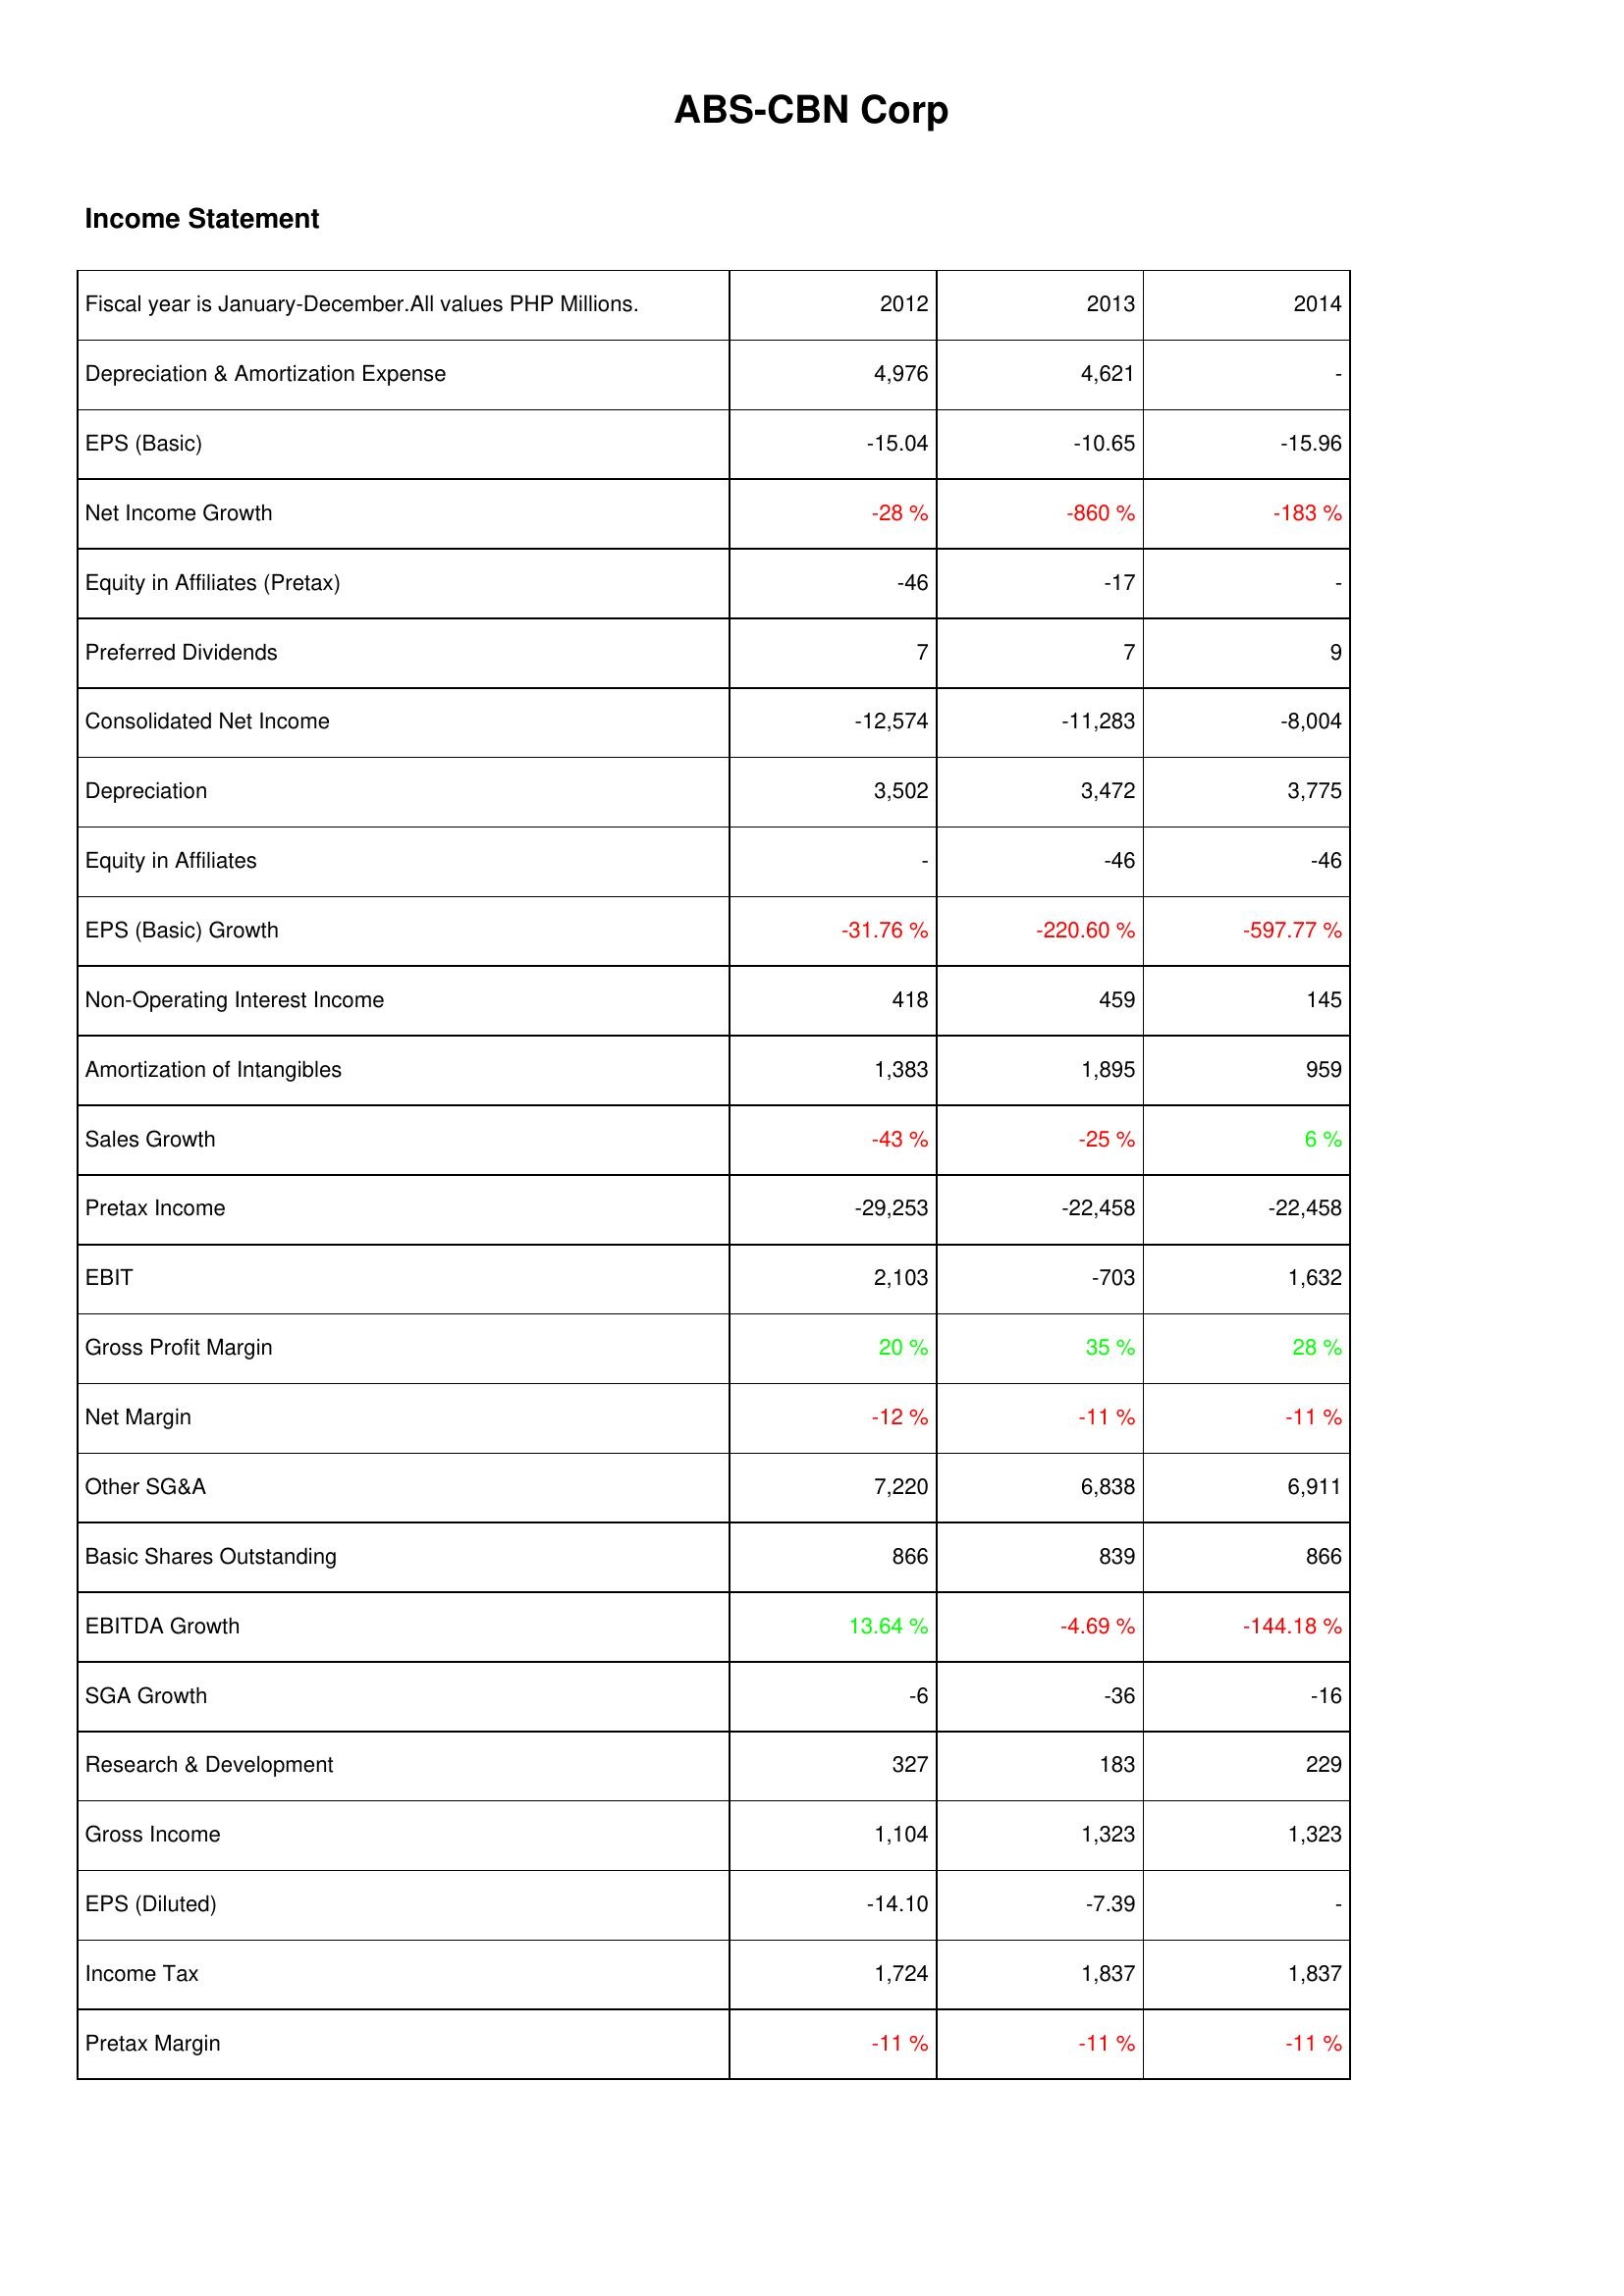
2012: Income Statement: Depreciation & Amortization Expense: 4,976
EPS (Basic): -15.04
Net Income Growth: -28 %
Equity in Affiliates (Pretax): -46
Preferred Dividends: 7
Consolidated Net Income: -12,574
Depreciation: 3,502
Equity in Affiliates: -
EPS (Basic) Growth: -31.76 %
Non-Operating Interest Income: 418
Amortization of Intangibles: 1,383
Sales Growth: -43 %
Pretax Income: -29,253
EBIT: 2,103
Gross Profit Margin: 20 %
Net Margin: -12 %
Other SG&A: 7,220
Basic Shares Outstanding: 866
EBITDA Growth: 13.64 %
SGA Growth: -6
Research & Development: 327
Gross Income: 1,104
EPS (Diluted): -14.10
Income Tax: 1,724
Pretax Margin: -11 %
2013: Income Statement: Depreciation & Amortization Expense: 4,621
EPS (Basic): -10.65
Net Income Growth: -860 %
Equity in Affiliates (Pretax): -17
Preferred Dividends: 7
Consolidated Net Income: -11,283
Depreciation: 3,472
Equity in Affiliates: -46
EPS (Basic) Growth: -220.60 %
Non-Operating Interest Income: 459
Amortization of Intangibles: 1,895
Sales Growth: -25 %
Pretax Income: -22,458
EBIT: -703
Gross Profit Margin: 35 %
Net Margin: -11 %
Other SG&A: 6,838
Basic Shares Outstanding: 839
EBITDA Growth: -4.69 %
SGA Growth: -36
Research & Development: 183
Gross Income: 1,323
EPS (Diluted): -7.39
Income Tax: 1,837
Pretax Margin: -11 %
2014: Income Statement: Depreciation & Amortization Expense: -
EPS (Basic): -15.96
Net Income Growth: -183 %
Equity in Affiliates (Pretax): -
Preferred Dividends: 9
Consolidated Net Income: -8,004
Depreciation: 3,775
Equity in Affiliates: -46
EPS (Basic) Growth: -597.77 %
Non-Operating Interest Income: 145
Amortization of Intangibles: 959
Sales Growth: 6 %
Pretax Income: -22,458
EBIT: 1,632
Gross Profit Margin: 28 %
Net Margin: -11 %
Other SG&A: 6,911
Basic Shares Outstanding: 866
EBITDA Growth: -144.18 %
SGA Growth: -16
Research & Development: 229
Gross Income: 1,323
EPS (Diluted): -
Income Tax: 1,837
Pretax Margin: -11 %